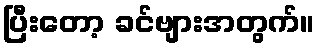
ပြီးတော့ ခင်ဗျားအတွက်။